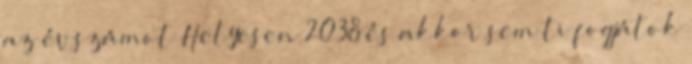
az évszámot Helyesen 2038 és akkor sem ti fogjátok